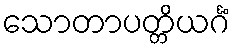
သောတာပတ္တိယင်္ဂံ